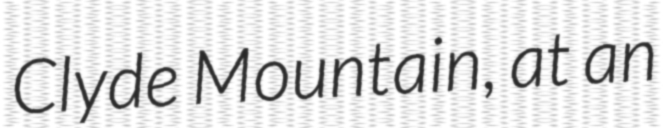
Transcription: Clyde Mountain, at an